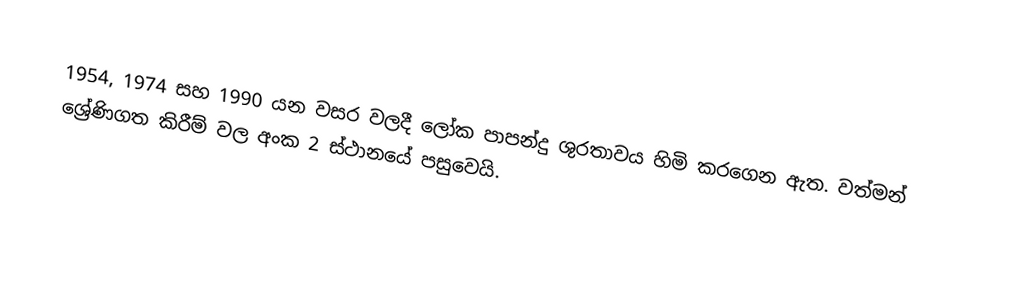
1954, 1974 සහ 1990 යන වසර වලදී ලෝක පාපන්දු ශුරතාවය හිමි කරගෙන ඇත. වත්මන් ශ්‍රේණිගත කිරීම් වල අංක 2 ස්ථානයේ පසුවෙයි.